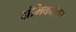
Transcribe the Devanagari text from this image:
दांभिकतेवर